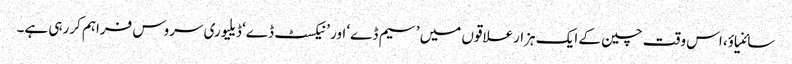
سائنیاؤ، اس وقت چین کے ایک ہزارعلاقوں میں ’سیم ڈے‘ اور ’نیکسٹ ڈے‘ ڈیلیوری سروس فراہم کررہی ہے۔